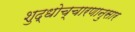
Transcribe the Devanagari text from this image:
शुद्धोच्चारणानुसार